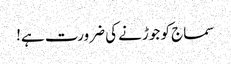
سماج کو جوڑنے کی ضرورت ہے!